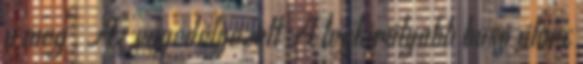
a meg . Az engedélyezett A legkirályabb busó álarc